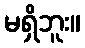
မရှိဘူး။